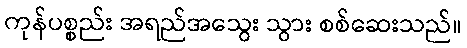
ကုန်ပစ္စည်း အရည်အသွေး သွား စစ်ဆေးသည်။